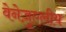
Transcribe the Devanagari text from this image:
वेनेज़ुएलीय